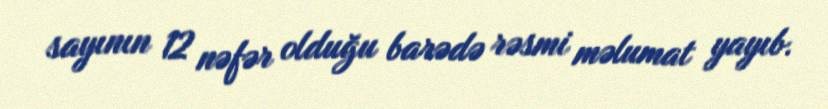
sayının 12 nəfər olduğu barədə rəsmi məlumat yayıb.